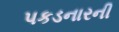
પકડનારની